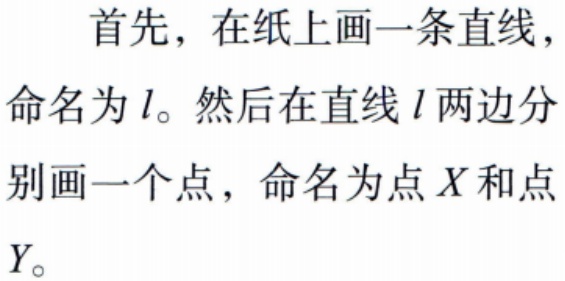
首先，在纸上画一条直线，命名为\(l\)。然后在直线\(l\)两边分别画一个点，命名为点\(X\)和点\(Y\)。